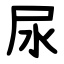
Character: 尿